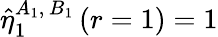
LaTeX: \hat{\eta}_{1}^{A_{1},\, B_{1}}\left(r=1\right)=1